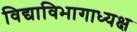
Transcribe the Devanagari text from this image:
विद्याविभागाध्यक्ष